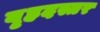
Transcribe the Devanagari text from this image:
वृहदस्तर